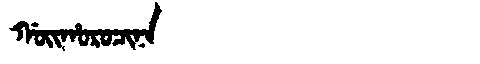
Manchu: ᡤᠣᡳᡥᠣᡵᠣᠴᡳᠨᠠ
Romanization: GOIHOROCINA